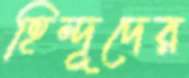
হিন্দূদের